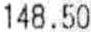
148.50